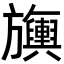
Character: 𬀣